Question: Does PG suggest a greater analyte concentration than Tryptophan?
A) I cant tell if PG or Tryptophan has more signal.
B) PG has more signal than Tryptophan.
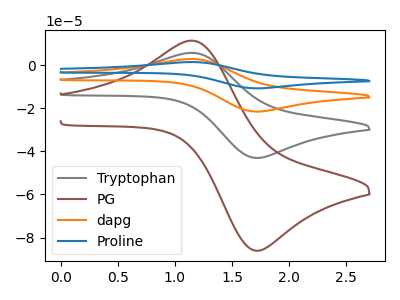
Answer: <think>The gray curve "Tryptophan" has an anodic peak at (1.15V, 5.70uA) and a cathodic peak at (1.70V, -43.10uA). The brown curve "PG" has an anodic peak at (1.15V, 11.35uA) and a cathodic peak at (1.70V, -86.15uA). The orange curve "dapg" has an anodic peak at (1.15V, 11.35uA) and a cathodic peak at (1.70V, -86.20uA). The blue curve "Proline" has an anodic peak at (1.15V, 17.05uA) and a cathodic peak at (1.70V, -129.30uA).
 All the peaks in "PG" have a peak in "Tryptophan" at the same potential. Every peak in "PG" is higher than every peak in "Tryptophan".</think>
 <answer>B) "PG" has more signal than "Tryptophan".</answer>
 <eval>B</eval>